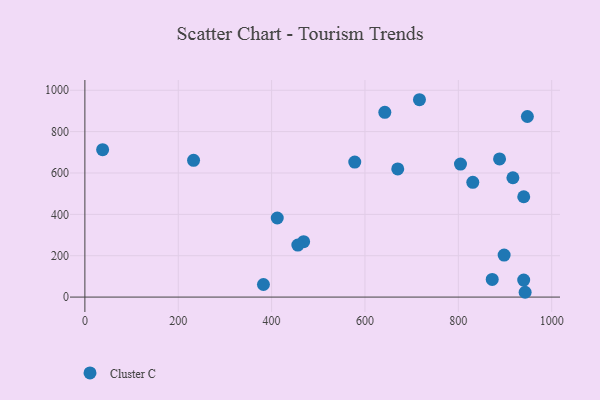
{"axis": {"x": "Price", "y": "Fuel Efficiency"}, "legend": ["Cluster C"], "data": [{"x": "38.0", "y": 712.7, "type": "Cluster C"}, {"x": "940.1", "y": 485.2, "type": "Cluster C"}, {"x": "831.0", "y": 554.8, "type": "Cluster C"}, {"x": "943.1", "y": 23.3, "type": "Cluster C"}, {"x": "888.3", "y": 668.1, "type": "Cluster C"}, {"x": "468.6", "y": 268.0, "type": "Cluster C"}, {"x": "916.9", "y": 577.1, "type": "Cluster C"}, {"x": "670.2", "y": 619.7, "type": "Cluster C"}, {"x": "716.7", "y": 954.2, "type": "Cluster C"}, {"x": "804.6", "y": 643.3, "type": "Cluster C"}, {"x": "456.2", "y": 251.6, "type": "Cluster C"}, {"x": "947.9", "y": 873.2, "type": "Cluster C"}, {"x": "412.1", "y": 382.5, "type": "Cluster C"}, {"x": "578.1", "y": 652.8, "type": "Cluster C"}, {"x": "898.1", "y": 203.0, "type": "Cluster C"}, {"x": "382.5", "y": 61.0, "type": "Cluster C"}, {"x": "872.6", "y": 85.2, "type": "Cluster C"}, {"x": "940.0", "y": 82.2, "type": "Cluster C"}, {"x": "232.8", "y": 661.4, "type": "Cluster C"}, {"x": "642.5", "y": 893.2, "type": "Cluster C"}]}